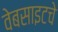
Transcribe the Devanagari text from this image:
वेबसाइटचे